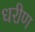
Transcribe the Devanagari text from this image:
धरीण